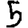
Digit: 5